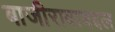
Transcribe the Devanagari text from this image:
बाजीरावाबद्दल